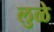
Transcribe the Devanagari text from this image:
लुळे